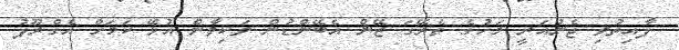
ފާއިތުވި ޖެނުއަރީ މަހުގެ ތެރޭގަ ޒޭން އެބޭންޑުން ވަކިވާން އުޅޭ ކަމަށް އެގްރޫޕު